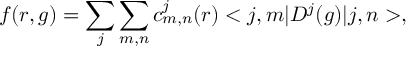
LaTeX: f ( r , g ) = \sum _ { j } \sum _ { m , n } c _ { m , n } ^ { j } ( r ) < j , m | D ^ { j } ( g ) | j , n > ,